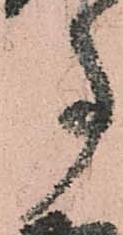
事